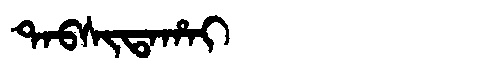
Manchu: ᡨᠠᠪᠰᡳᡨᠠᡥᠠᡳ
Romanization: TABSITAHAI